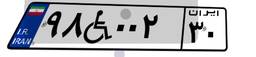
۹۸W۰۰۲۳۰